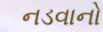
નડવાનો